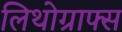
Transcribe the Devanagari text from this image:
लिथोग्राफ्स